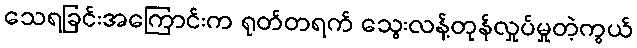
သေရခြင်းအကြောင်းက ရုတ်တရက် သွေးလန့်တုန်လှုပ်မှုတဲ့ကွယ်